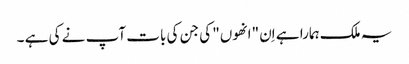
یہ ملک ہمارا ہے اِن "انھوں" کی جن کی بات آپ نے کی ہے ۔